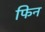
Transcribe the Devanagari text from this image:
फिन